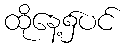
ထိုနေ့၌ပင်